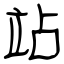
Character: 站